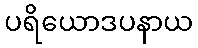
ပရိယောဒပနာယ